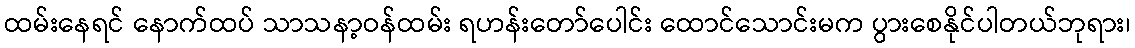
ထမ်းနေရင် နောက်ထပ် သာသနာ့ဝန်ထမ်း ရဟန်းတော်ပေါင်း ထောင်သောင်းမက ပွားစေနိုင်ပါတယ်ဘုရား၊